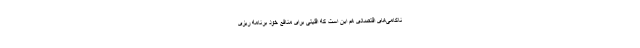
ناکامی‌های اقتصادی هم این است که اقلیتی برای منافع خود برنامه ریزی